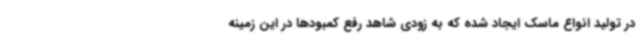
در تولید انواع ماسک ایجاد شده که به زودی شاهد رفع کمبودها در این زمینه